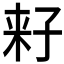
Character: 𱙻